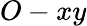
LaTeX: O-xy